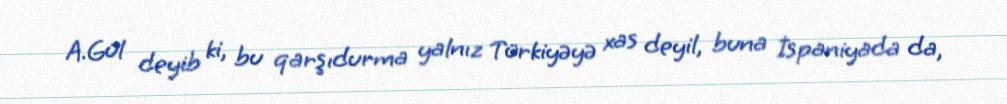
A.Gül deyib ki, bu qarşıdurma yalnız Türkiyəyə xas deyil, buna İspaniyada da,